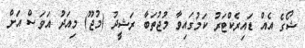
ޝޯގެ އެއް ޑައިރެކްޓަރު ކަމުގައިވާ މުޖުތަބާ ރަޝީދު (މުޖޫ) މިއަދު އަވަސް އަށް